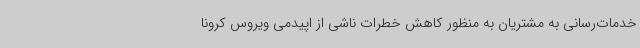
خدمات‌رسانی به مشتریان به منظور کاهش خطرات ناشی از اپیدمی ویروس کرونا